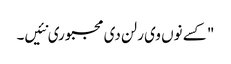
" کسے نوں وی رلن دی مجبوری نئیں۔